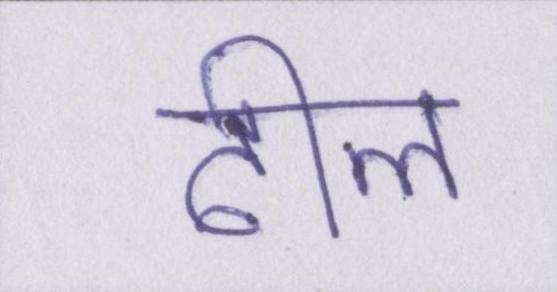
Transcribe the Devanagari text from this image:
ढील